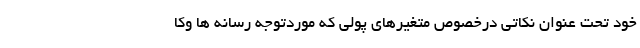
خود تحت عنوان نکاتی درخصوص متغیرهای پولی که موردتوجه رسانه ها وکا